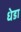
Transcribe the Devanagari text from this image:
धेडा